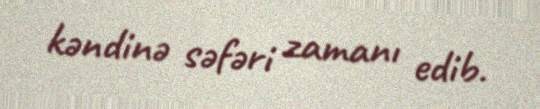
kəndinə səfəri zamanı edib.